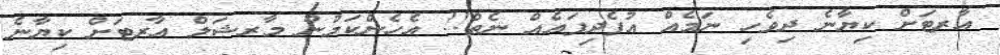
އާރޓަށް ކިޔާނެ ދިވެހި ނަމެއް އުފެދިފައެއް ނެތް!! އެހެންކަމުން މާރޝަލް އާރޓަށް ކިޔާނެ